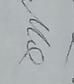
Signature authenticity: genuine